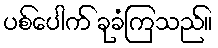
ပစ်ပေါက် ခုခံကြသည်။